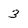
Character: 3